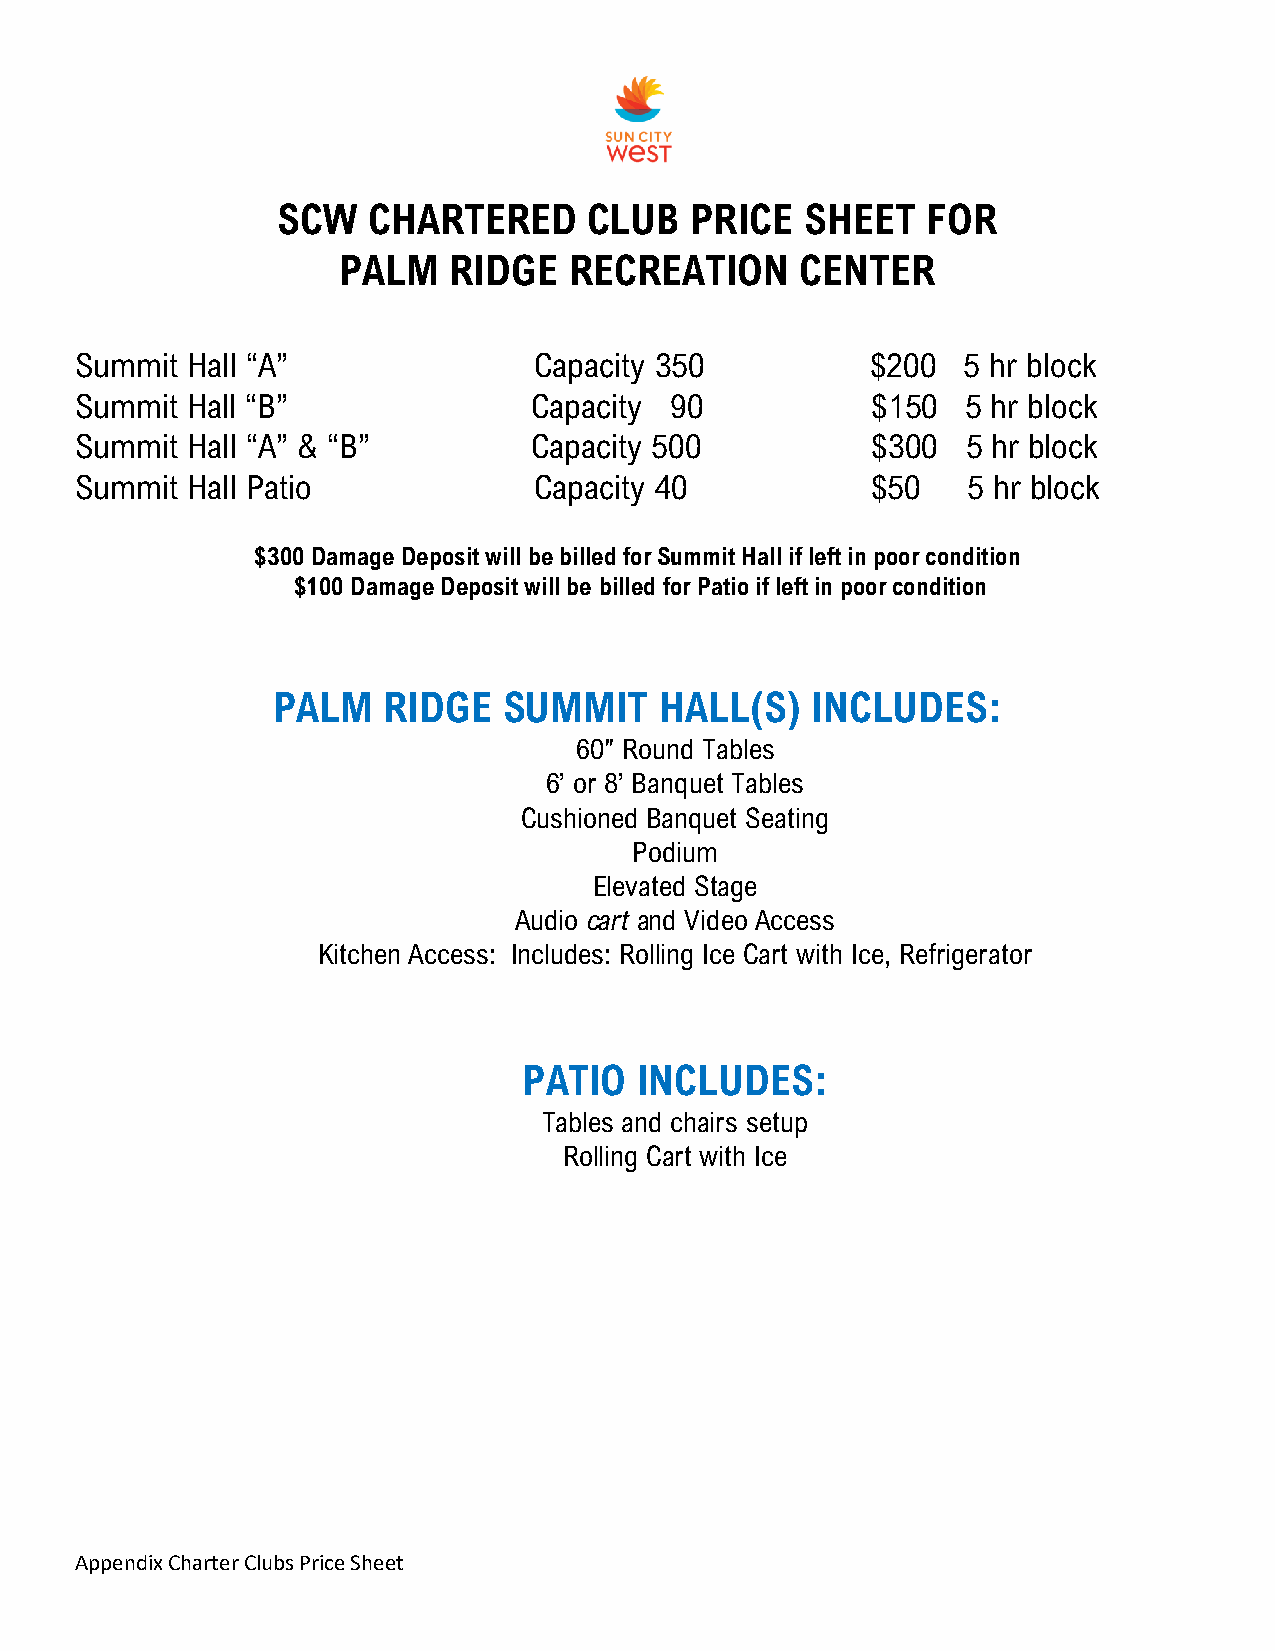
SCW   CHARTERED      CLUB   PRICE  SHEET   FOR
 PALM    RIDGE   RECREATION     CENTER
 Summit Hall “A”               Capacity 350           $200  5 hr block
 Summit Hall “B”               Capacity 90            $150  5 hr block
 Summit Hall “A” & “B”         Capacity 500           $300  5 hr block
 Summit Hall Patio             Capacity 40            $50   5 hr block
 $300 Damage Deposit will be billed for Summit Hall if left in poor condition
 $100 Damage Deposit will be billed for Patio if left in poor condition
 PALM   RIDGE   SUMMIT     HALL(S)   INCLUDES:
 60″ Round Tables
 6’ or 8’ Banquet Tables
 Cushioned Banquet Seating
 Podium
 Elevated Stage
 Audio cart and Video Access
 Kitchen Access: Includes: Rolling Ice Cart with Ice, Refrigerator
 PATIO  INCLUDES:
 Tables and chairs setup
 Rolling Cart with Ice
 Appendix Charter Clubs Price Sheet